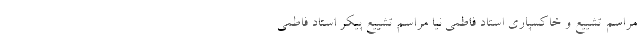
مراسم تشييع و خاكسپاري استاد فاطمي نيا مراسم تشییع پیکر استاد فاطمی